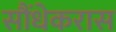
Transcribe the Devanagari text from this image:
सौंधेकरास